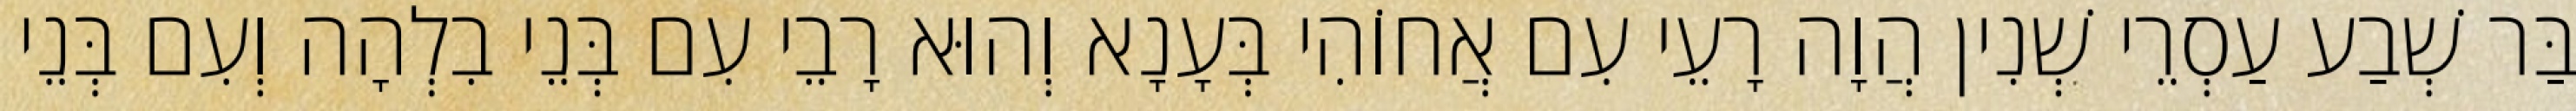
בַּר שְׁבַע עַסְרֵי שְׁנִין הֲוָה רָעֵי עִם אֲחוֹהִי בְּעָנָא וְהוּא רָבֵי עִם בְּנֵי בִלְהָה וְעִם בְּנֵי